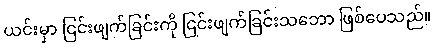
ယင်းမှာ ငြင်းဖျက်ခြင်းကို ငြင်းဖျက်ခြင်းသဘော ဖြစ်ပေသည်။